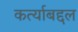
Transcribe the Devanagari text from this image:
कर्त्याबद्दल